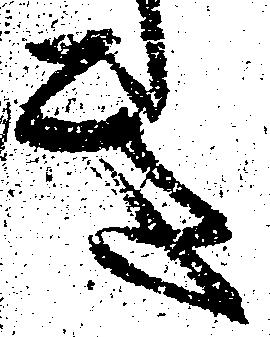
き